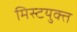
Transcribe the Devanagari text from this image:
मिस्टयुक्त